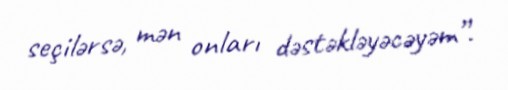
seçilərsə, mən onları dəstəkləyəcəyəm”.